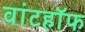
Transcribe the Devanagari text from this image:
वांटहॉफ